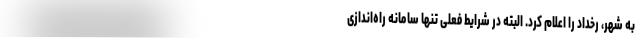
به شهر، رخداد را اعلام کرد. البته در شرایط فعلی تنها سامانه راه‌اندازی